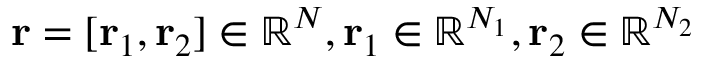
{ \mathbf { r } } = [ { \mathbf { r } } _ { 1 } , { \mathbf { r } } _ { 2 } ] \in \mathbb { R } ^ { N } , { \mathbf { r } } _ { 1 } \in \mathbb { R } ^ { N _ { 1 } } , { \mathbf { r } } _ { 2 } \in \mathbb { R } ^ { N _ { 2 } }